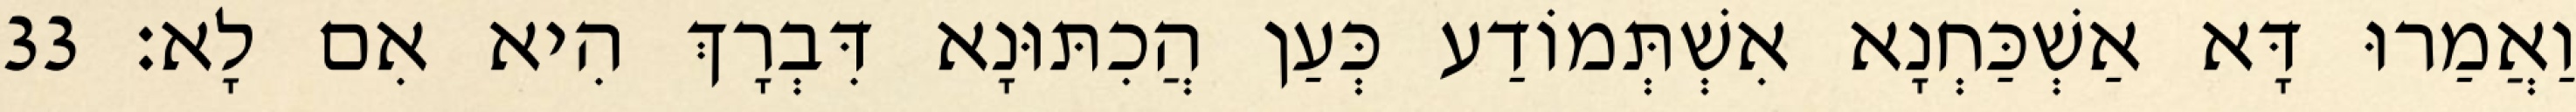
וַאֲמַרוּ דָּא אַשְׁכַּחְנָא אִשְׁתְּמוֹדַע כְּעַן הֲכִתּוּנָא דִּבְרָךְ הִיא אִם לָא׃ 33